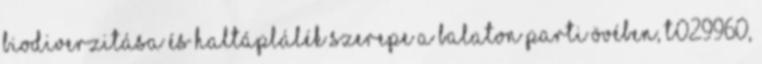
biodiverzitása és haltáplálék szerepe a Balaton parti övében, T029960,